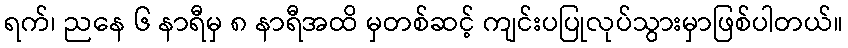
ရက်၊ ညနေ ၆ နာရီမှ ၈ နာရီအထိ မှတစ်ဆင့် ကျင်းပပြုလုပ်သွားမှာဖြစ်ပါတယ်။